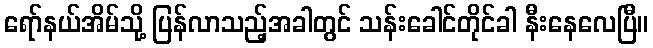
ရော်နယ်အိမ်သို့ ပြန်လာသည့်အခါတွင် သန်းခေါင်တိုင်ခါ နီးနေလေပြီ။